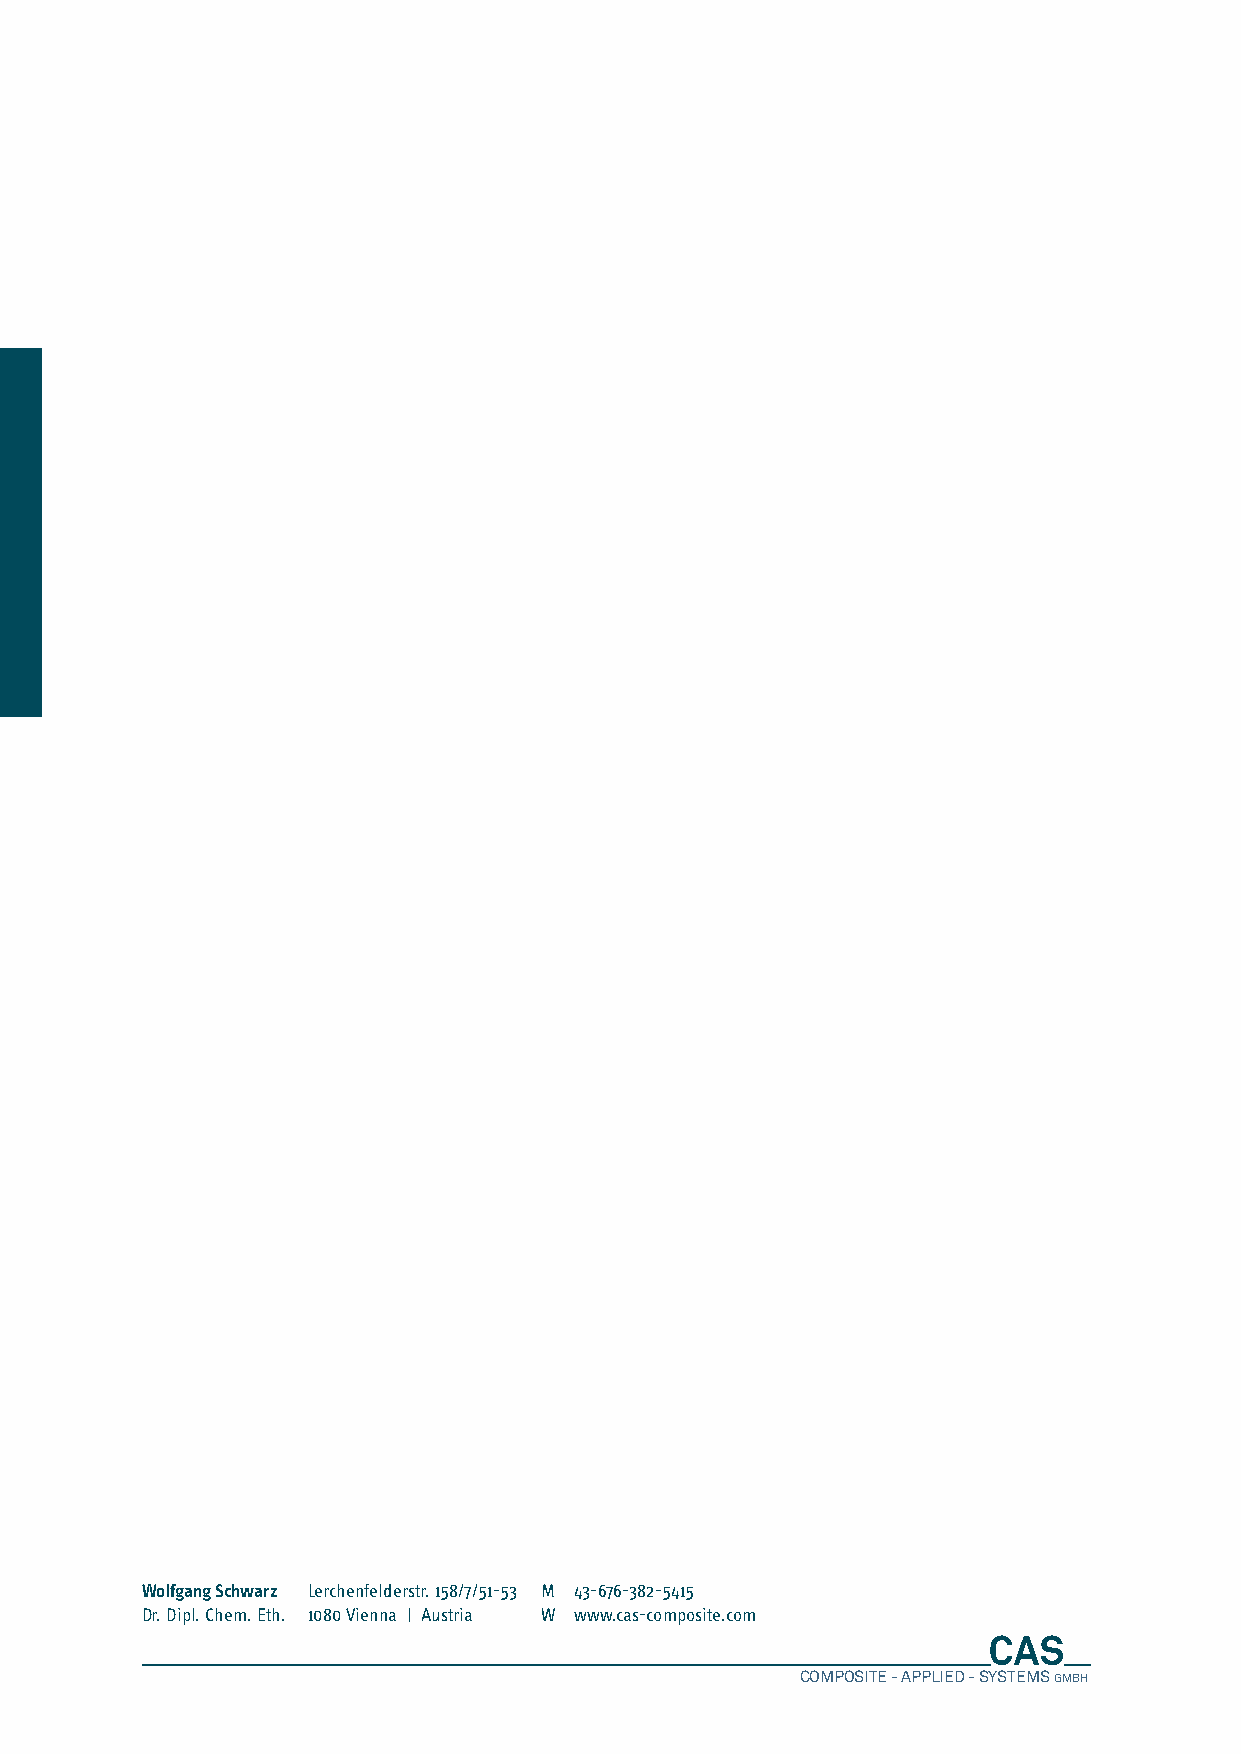
Wolfgang Schwarz Lerchenfelderstr. 158/7/51-53 M 43-676-382-5415
 Dr. Dipl. Chem. Eth. 1080 Vienna | Austria W www.cas-composite.com
 COMPOSITE - APPLIEDC O- MSYPSOTSEIMTES -G AMPBHPLIED - SYSTEMS GMBH